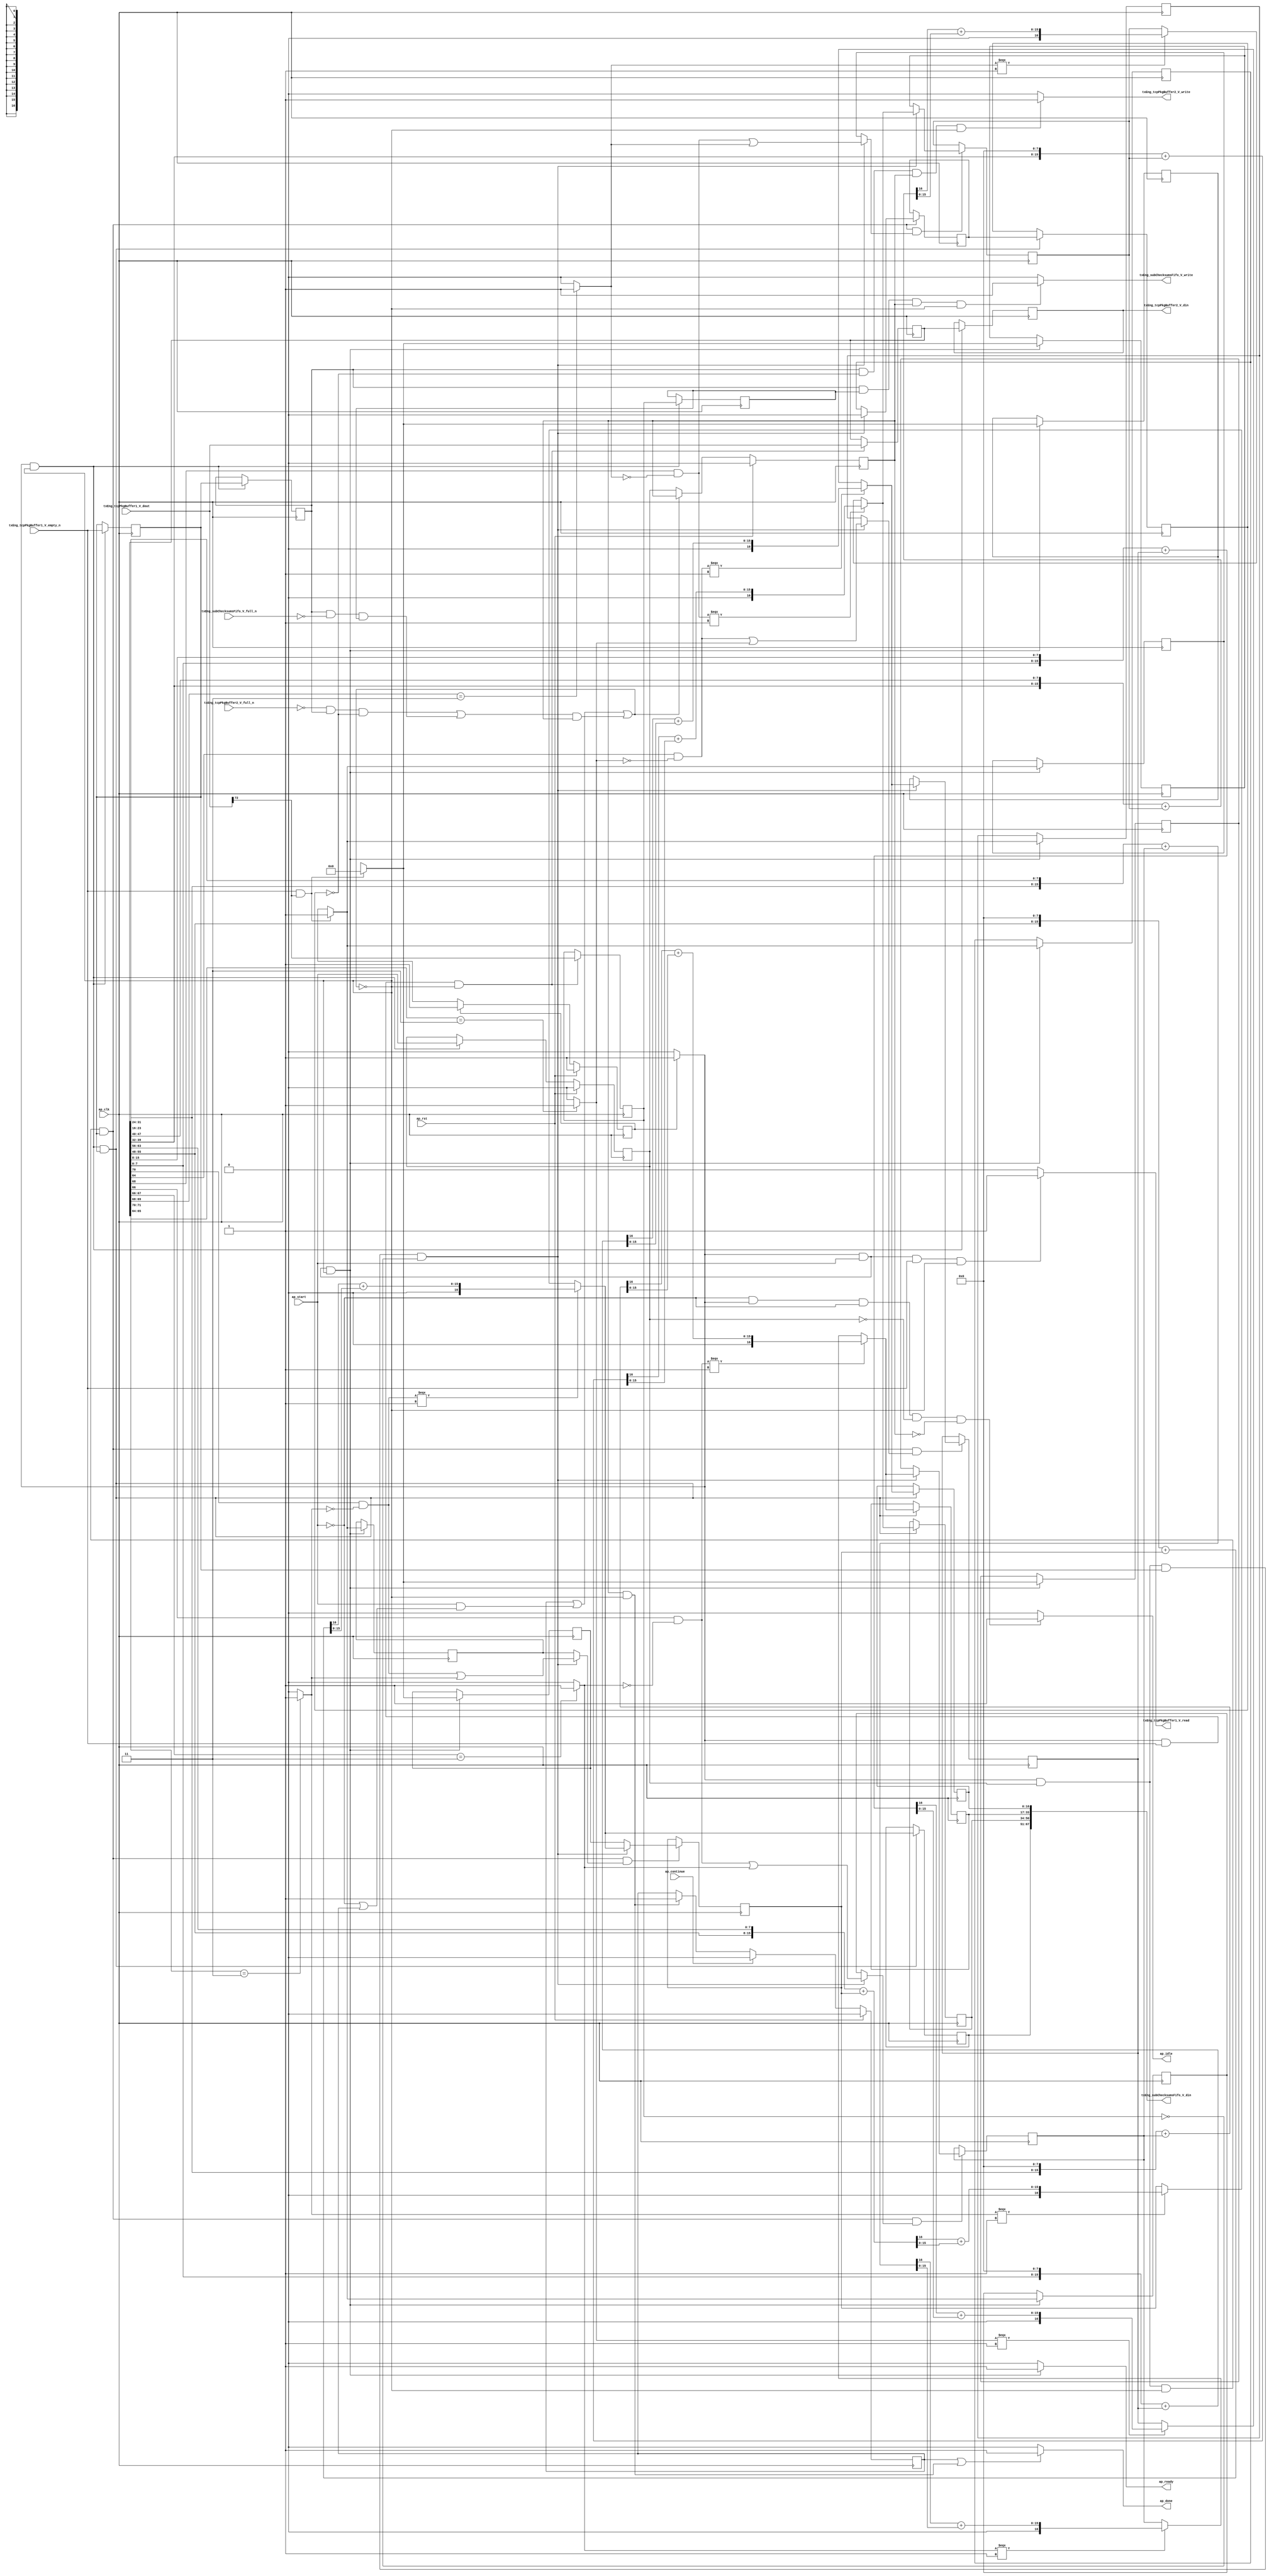
// ==============================================================
// RTL generated by Vivado(TM) HLS - High-Level Synthesis from C, C++ and SystemC
// Version: 2015.1
// Copyright (C) 2015 Xilinx Inc. All rights reserved.
// 
// ===========================================================

`timescale 1 ns / 1 ps 

module toe_tx_compute_tcp_subchecksums (
        ap_clk,
        ap_rst,
        ap_start,
        ap_done,
        ap_continue,
        ap_idle,
        ap_ready,
        txEng_tcpPkgBuffer1_V_dout,
        txEng_tcpPkgBuffer1_V_empty_n,
        txEng_tcpPkgBuffer1_V_read,
        txEng_tcpPkgBuffer2_V_din,
        txEng_tcpPkgBuffer2_V_full_n,
        txEng_tcpPkgBuffer2_V_write,
        txEng_subChecksumsFifo_V_din,
        txEng_subChecksumsFifo_V_full_n,
        txEng_subChecksumsFifo_V_write
);

parameter    ap_const_logic_1 = 1'b1;
parameter    ap_const_logic_0 = 1'b0;
parameter    ap_ST_pp0_stg0_fsm_0 = 1'b1;
parameter    ap_const_lv32_0 = 32'b00000000000000000000000000000000;
parameter    ap_const_lv1_1 = 1'b1;
parameter    ap_const_lv1_0 = 1'b0;
parameter    ap_const_lv17_0 = 17'b00000000000000000;
parameter    ap_const_lv32_48 = 32'b1001000;
parameter    ap_const_lv32_40 = 32'b1000000;
parameter    ap_const_lv32_41 = 32'b1000001;
parameter    ap_const_lv2_3 = 2'b11;
parameter    ap_const_lv32_8 = 32'b1000;
parameter    ap_const_lv32_F = 32'b1111;
parameter    ap_const_lv32_10 = 32'b10000;
parameter    ap_const_lv8_0 = 8'b00000000;
parameter    ap_const_lv32_42 = 32'b1000010;
parameter    ap_const_lv32_43 = 32'b1000011;
parameter    ap_const_lv32_18 = 32'b11000;
parameter    ap_const_lv32_1F = 32'b11111;
parameter    ap_const_lv32_17 = 32'b10111;
parameter    ap_const_lv32_44 = 32'b1000100;
parameter    ap_const_lv32_45 = 32'b1000101;
parameter    ap_const_lv32_28 = 32'b101000;
parameter    ap_const_lv32_2F = 32'b101111;
parameter    ap_const_lv32_20 = 32'b100000;
parameter    ap_const_lv32_27 = 32'b100111;
parameter    ap_const_lv32_46 = 32'b1000110;
parameter    ap_const_lv32_47 = 32'b1000111;
parameter    ap_const_lv32_38 = 32'b111000;
parameter    ap_const_lv32_3F = 32'b111111;
parameter    ap_const_lv32_30 = 32'b110000;
parameter    ap_const_lv32_37 = 32'b110111;
parameter    ap_true = 1'b1;

input   ap_clk;
input   ap_rst;
input   ap_start;
output   ap_done;
input   ap_continue;
output   ap_idle;
output   ap_ready;
input  [72:0] txEng_tcpPkgBuffer1_V_dout;
input   txEng_tcpPkgBuffer1_V_empty_n;
output   txEng_tcpPkgBuffer1_V_read;
output  [72:0] txEng_tcpPkgBuffer2_V_din;
input   txEng_tcpPkgBuffer2_V_full_n;
output   txEng_tcpPkgBuffer2_V_write;
output  [67:0] txEng_subChecksumsFifo_V_din;
input   txEng_subChecksumsFifo_V_full_n;
output   txEng_subChecksumsFifo_V_write;

reg ap_done;
reg ap_idle;
reg ap_ready;
reg txEng_tcpPkgBuffer1_V_read;
reg txEng_tcpPkgBuffer2_V_write;
reg txEng_subChecksumsFifo_V_write;
reg    ap_done_reg = 1'b0;
(* fsm_encoding = "none" *) reg   [0:0] ap_CS_fsm = 1'b1;
reg    ap_sig_cseq_ST_pp0_stg0_fsm_0;
reg    ap_sig_bdd_20;
wire    ap_reg_ppiten_pp0_it0;
reg    ap_reg_ppiten_pp0_it1 = 1'b0;
reg    ap_reg_ppiten_pp0_it2 = 1'b0;
wire   [0:0] tmp_nbreadreq_fu_142_p3;
reg    ap_sig_bdd_52;
reg   [0:0] tmp_reg_992;
reg   [0:0] ap_reg_ppstg_tmp_reg_992_pp0_it1;
reg   [0:0] tcts_firstWord_load_reg_1021;
reg   [0:0] currWord_last_V_reg_1017;
reg   [0:0] ap_reg_ppstg_currWord_last_V_reg_1017_pp0_it1;
reg    ap_sig_bdd_80;
reg   [0:0] tcts_firstWord = 1'b1;
reg   [16:0] tcts_tcp_sums_V_0 = 17'b00000000000000000;
reg   [16:0] tcts_tcp_sums_V_1 = 17'b00000000000000000;
reg   [16:0] tcts_tcp_sums_V_2 = 17'b00000000000000000;
reg   [16:0] tcts_tcp_sums_V_3 = 17'b00000000000000000;
reg   [72:0] tmp40_reg_996;
reg   [72:0] ap_reg_ppstg_tmp40_reg_996_pp0_it1;
wire   [0:0] currWord_last_V_fu_275_p3;
wire   [16:0] tmp_sum0_V_fu_440_p3;
reg   [16:0] tmp_sum0_V_reg_1025;
wire   [16:0] tmp_sum1_V_fu_608_p3;
reg   [16:0] tmp_sum1_V_reg_1030;
wire   [16:0] tmp_sum2_V_fu_776_p3;
reg   [16:0] tmp_sum2_V_reg_1035;
wire   [16:0] tmp_sum3_V_fu_944_p3;
reg   [16:0] tmp_sum3_V_reg_1040;
wire   [0:0] ap_reg_phiprechg_tcts_firstWord_new_reg_170pp0_it0;
reg   [0:0] ap_reg_phiprechg_tcts_firstWord_new_reg_170pp0_it1;
reg   [0:0] tcts_firstWord_new_phi_fu_174_p4;
wire   [0:0] ap_reg_phiprechg_tcts_tcp_sums_V_0_flag_1_reg_182pp0_it0;
reg   [0:0] ap_reg_phiprechg_tcts_tcp_sums_V_0_flag_1_reg_182pp0_it1;
reg   [0:0] tcts_tcp_sums_V_0_flag_1_phi_fu_186_p4;
wire   [0:0] tcts_tcp_sums_V_0_flag_fu_425_p2;
wire   [16:0] ap_reg_phiprechg_tcts_tcp_sums_V_0_new_1_reg_194pp0_it0;
reg   [16:0] ap_reg_phiprechg_tcts_tcp_sums_V_0_new_1_reg_194pp0_it1;
reg   [16:0] tcts_tcp_sums_V_0_new_1_phi_fu_198_p4;
wire   [0:0] ap_reg_phiprechg_tcts_tcp_sums_V_1_flag_1_reg_205pp0_it0;
reg   [0:0] ap_reg_phiprechg_tcts_tcp_sums_V_1_flag_1_reg_205pp0_it1;
reg   [0:0] tcts_tcp_sums_V_1_flag_1_phi_fu_209_p4;
wire   [0:0] tcts_tcp_sums_V_1_flag_fu_593_p2;
wire   [16:0] ap_reg_phiprechg_tcts_tcp_sums_V_1_new_1_reg_217pp0_it0;
reg   [16:0] ap_reg_phiprechg_tcts_tcp_sums_V_1_new_1_reg_217pp0_it1;
reg   [16:0] tcts_tcp_sums_V_1_new_1_phi_fu_221_p4;
wire   [0:0] ap_reg_phiprechg_tcts_tcp_sums_V_2_flag_1_reg_228pp0_it0;
reg   [0:0] ap_reg_phiprechg_tcts_tcp_sums_V_2_flag_1_reg_228pp0_it1;
reg   [0:0] tcts_tcp_sums_V_2_flag_1_phi_fu_232_p4;
wire   [0:0] tcts_tcp_sums_V_2_flag_fu_761_p2;
wire   [16:0] ap_reg_phiprechg_tcts_tcp_sums_V_2_new_1_reg_240pp0_it0;
reg   [16:0] ap_reg_phiprechg_tcts_tcp_sums_V_2_new_1_reg_240pp0_it1;
reg   [16:0] tcts_tcp_sums_V_2_new_1_phi_fu_244_p4;
wire   [0:0] ap_reg_phiprechg_tcts_tcp_sums_V_3_flag_1_reg_251pp0_it0;
reg   [0:0] ap_reg_phiprechg_tcts_tcp_sums_V_3_flag_1_reg_251pp0_it1;
reg   [0:0] tcts_tcp_sums_V_3_flag_1_phi_fu_255_p4;
wire   [0:0] tcts_tcp_sums_V_3_flag_fu_929_p2;
wire   [16:0] ap_reg_phiprechg_tcts_tcp_sums_V_3_new_1_reg_263pp0_it0;
reg   [16:0] ap_reg_phiprechg_tcts_tcp_sums_V_3_new_1_reg_263pp0_it1;
reg   [16:0] tcts_tcp_sums_V_3_new_1_phi_fu_267_p4;
wire   [1:0] p_Result_s_fu_287_p4;
wire   [7:0] tmp_263_fu_315_p1;
wire   [7:0] p_Result_2_fu_306_p4;
wire   [15:0] p_Result_3_fu_318_p3;
wire   [16:0] tmp_72_fu_326_p1;
wire   [16:0] tmp_73_fu_330_p2;
wire   [0:0] tmp_264_fu_336_p3;
wire   [15:0] tmp_266_fu_348_p1;
wire   [15:0] tmp_265_fu_344_p1;
wire   [15:0] tmp_267_fu_352_p2;
wire   [15:0] p_Result_4_fu_369_p3;
wire   [16:0] tmp_74_fu_377_p1;
wire   [16:0] tmp_75_fu_381_p2;
wire   [0:0] tmp_269_fu_387_p3;
wire   [15:0] tmp_271_fu_399_p1;
wire   [15:0] tmp_270_fu_395_p1;
wire   [15:0] tmp_272_fu_403_p2;
wire   [0:0] tmp_s_fu_296_p2;
wire   [0:0] tmp_268_fu_362_p3;
wire   [0:0] sel_tmp1_fu_413_p2;
wire   [0:0] sel_tmp2_fu_419_p2;
wire   [16:0] p_cast_fu_358_p1;
wire   [16:0] p_12_cast_fu_409_p1;
wire   [16:0] sel_tmp4_fu_432_p3;
wire   [1:0] p_Result_169_1_fu_449_p4;
wire   [7:0] p_Result_172_1_fu_477_p4;
wire   [7:0] p_Result_170_1_fu_468_p4;
wire   [15:0] p_Result_173_1_fu_486_p3;
wire   [16:0] tmp_185_1_fu_494_p1;
wire   [16:0] tmp_186_1_fu_498_p2;
wire   [0:0] tmp_273_fu_504_p3;
wire   [15:0] tmp_275_fu_516_p1;
wire   [15:0] tmp_274_fu_512_p1;
wire   [15:0] tmp_276_fu_520_p2;
wire   [15:0] p_Result_176_1_fu_537_p3;
wire   [16:0] tmp_191_1_fu_545_p1;
wire   [16:0] tmp_192_1_fu_549_p2;
wire   [0:0] tmp_278_fu_555_p3;
wire   [15:0] tmp_280_fu_567_p1;
wire   [15:0] tmp_279_fu_563_p1;
wire   [15:0] tmp_281_fu_571_p2;
wire   [0:0] tmp_1_fu_458_p2;
wire   [0:0] tmp_277_fu_530_p3;
wire   [0:0] sel_tmp9_fu_581_p2;
wire   [0:0] sel_tmp_fu_587_p2;
wire   [16:0] p_1_cast_fu_526_p1;
wire   [16:0] p_12_1_cast_fu_577_p1;
wire   [16:0] sel_tmp3_fu_600_p3;
wire   [1:0] p_Result_169_2_fu_617_p4;
wire   [7:0] p_Result_172_2_fu_645_p4;
wire   [7:0] p_Result_170_2_fu_636_p4;
wire   [15:0] p_Result_173_2_fu_654_p3;
wire   [16:0] tmp_185_2_fu_662_p1;
wire   [16:0] tmp_186_2_fu_666_p2;
wire   [0:0] tmp_282_fu_672_p3;
wire   [15:0] tmp_284_fu_684_p1;
wire   [15:0] tmp_283_fu_680_p1;
wire   [15:0] tmp_285_fu_688_p2;
wire   [15:0] p_Result_176_2_fu_705_p3;
wire   [16:0] tmp_191_2_fu_713_p1;
wire   [16:0] tmp_192_2_fu_717_p2;
wire   [0:0] tmp_287_fu_723_p3;
wire   [15:0] tmp_289_fu_735_p1;
wire   [15:0] tmp_288_fu_731_p1;
wire   [15:0] tmp_290_fu_739_p2;
wire   [0:0] tmp_2_fu_626_p2;
wire   [0:0] tmp_286_fu_698_p3;
wire   [0:0] sel_tmp5_fu_749_p2;
wire   [0:0] sel_tmp6_fu_755_p2;
wire   [16:0] p_2_cast_fu_694_p1;
wire   [16:0] p_12_2_cast_fu_745_p1;
wire   [16:0] sel_tmp7_fu_768_p3;
wire   [1:0] p_Result_169_3_fu_785_p4;
wire   [7:0] p_Result_172_3_fu_813_p4;
wire   [7:0] p_Result_170_3_fu_804_p4;
wire   [15:0] p_Result_173_3_fu_822_p3;
wire   [16:0] tmp_185_3_fu_830_p1;
wire   [16:0] tmp_186_3_fu_834_p2;
wire   [0:0] tmp_291_fu_840_p3;
wire   [15:0] tmp_293_fu_852_p1;
wire   [15:0] tmp_292_fu_848_p1;
wire   [15:0] tmp_294_fu_856_p2;
wire   [15:0] p_Result_176_3_fu_873_p3;
wire   [16:0] tmp_191_3_fu_881_p1;
wire   [16:0] tmp_192_3_fu_885_p2;
wire   [0:0] tmp_296_fu_891_p3;
wire   [15:0] tmp_298_fu_903_p1;
wire   [15:0] tmp_297_fu_899_p1;
wire   [15:0] tmp_299_fu_907_p2;
wire   [0:0] tmp_3_fu_794_p2;
wire   [0:0] tmp_295_fu_866_p3;
wire   [0:0] sel_tmp8_fu_917_p2;
wire   [0:0] sel_tmp10_fu_923_p2;
wire   [16:0] p_3_cast_fu_862_p1;
wire   [16:0] p_12_3_cast_fu_913_p1;
wire   [16:0] sel_tmp11_fu_936_p3;
reg   [0:0] ap_NS_fsm;
reg    ap_sig_pprstidle_pp0;
reg    ap_sig_bdd_139;
reg    ap_sig_bdd_87;




/// the current state (ap_CS_fsm) of the state machine. ///
always @ (posedge ap_clk)
begin : ap_ret_ap_CS_fsm
    if (ap_rst == 1'b1) begin
        ap_CS_fsm <= ap_ST_pp0_stg0_fsm_0;
    end else begin
        ap_CS_fsm <= ap_NS_fsm;
    end
end

/// ap_done_reg assign process. ///
always @ (posedge ap_clk)
begin : ap_ret_ap_done_reg
    if (ap_rst == 1'b1) begin
        ap_done_reg <= ap_const_logic_0;
    end else begin
        if ((ap_const_logic_1 == ap_continue)) begin
            ap_done_reg <= ap_const_logic_0;
        end else if (((ap_const_logic_1 == ap_reg_ppiten_pp0_it2) & ~((ap_done_reg == ap_const_logic_1) | ((ap_const_logic_1 == ap_reg_ppiten_pp0_it0) & ap_sig_bdd_52) | (ap_sig_bdd_80 & (ap_const_logic_1 == ap_reg_ppiten_pp0_it2))))) begin
            ap_done_reg <= ap_const_logic_1;
        end
    end
end

/// ap_reg_ppiten_pp0_it1 assign process. ///
always @ (posedge ap_clk)
begin : ap_ret_ap_reg_ppiten_pp0_it1
    if (ap_rst == 1'b1) begin
        ap_reg_ppiten_pp0_it1 <= ap_const_logic_0;
    end else begin
        if (((ap_const_logic_1 == ap_sig_cseq_ST_pp0_stg0_fsm_0) & ~((ap_done_reg == ap_const_logic_1) | ((ap_const_logic_1 == ap_reg_ppiten_pp0_it0) & ap_sig_bdd_52) | (ap_sig_bdd_80 & (ap_const_logic_1 == ap_reg_ppiten_pp0_it2))))) begin
            ap_reg_ppiten_pp0_it1 <= ap_reg_ppiten_pp0_it0;
        end
    end
end

/// ap_reg_ppiten_pp0_it2 assign process. ///
always @ (posedge ap_clk)
begin : ap_ret_ap_reg_ppiten_pp0_it2
    if (ap_rst == 1'b1) begin
        ap_reg_ppiten_pp0_it2 <= ap_const_logic_0;
    end else begin
        if (~((ap_done_reg == ap_const_logic_1) | ((ap_const_logic_1 == ap_reg_ppiten_pp0_it0) & ap_sig_bdd_52) | (ap_sig_bdd_80 & (ap_const_logic_1 == ap_reg_ppiten_pp0_it2)))) begin
            ap_reg_ppiten_pp0_it2 <= ap_reg_ppiten_pp0_it1;
        end
    end
end

/// assign process. ///
always @(posedge ap_clk)
begin
    if (ap_sig_bdd_87) begin
        if (ap_sig_bdd_139) begin
            ap_reg_phiprechg_tcts_firstWord_new_reg_170pp0_it1 <= ap_const_lv1_1;
        end else if ((ap_true == ap_true)) begin
            ap_reg_phiprechg_tcts_firstWord_new_reg_170pp0_it1 <= ap_reg_phiprechg_tcts_firstWord_new_reg_170pp0_it0;
        end
    end
end

/// assign process. ///
always @(posedge ap_clk)
begin
    if (ap_sig_bdd_87) begin
        if (ap_sig_bdd_139) begin
            ap_reg_phiprechg_tcts_tcp_sums_V_0_flag_1_reg_182pp0_it1 <= ap_const_lv1_1;
        end else if ((ap_true == ap_true)) begin
            ap_reg_phiprechg_tcts_tcp_sums_V_0_flag_1_reg_182pp0_it1 <= ap_reg_phiprechg_tcts_tcp_sums_V_0_flag_1_reg_182pp0_it0;
        end
    end
end

/// assign process. ///
always @(posedge ap_clk)
begin
    if (ap_sig_bdd_87) begin
        if (ap_sig_bdd_139) begin
            ap_reg_phiprechg_tcts_tcp_sums_V_0_new_1_reg_194pp0_it1 <= ap_const_lv17_0;
        end else if ((ap_true == ap_true)) begin
            ap_reg_phiprechg_tcts_tcp_sums_V_0_new_1_reg_194pp0_it1 <= ap_reg_phiprechg_tcts_tcp_sums_V_0_new_1_reg_194pp0_it0;
        end
    end
end

/// assign process. ///
always @(posedge ap_clk)
begin
    if (ap_sig_bdd_87) begin
        if (ap_sig_bdd_139) begin
            ap_reg_phiprechg_tcts_tcp_sums_V_1_flag_1_reg_205pp0_it1 <= ap_const_lv1_1;
        end else if ((ap_true == ap_true)) begin
            ap_reg_phiprechg_tcts_tcp_sums_V_1_flag_1_reg_205pp0_it1 <= ap_reg_phiprechg_tcts_tcp_sums_V_1_flag_1_reg_205pp0_it0;
        end
    end
end

/// assign process. ///
always @(posedge ap_clk)
begin
    if (ap_sig_bdd_87) begin
        if (ap_sig_bdd_139) begin
            ap_reg_phiprechg_tcts_tcp_sums_V_1_new_1_reg_217pp0_it1 <= ap_const_lv17_0;
        end else if ((ap_true == ap_true)) begin
            ap_reg_phiprechg_tcts_tcp_sums_V_1_new_1_reg_217pp0_it1 <= ap_reg_phiprechg_tcts_tcp_sums_V_1_new_1_reg_217pp0_it0;
        end
    end
end

/// assign process. ///
always @(posedge ap_clk)
begin
    if (ap_sig_bdd_87) begin
        if (ap_sig_bdd_139) begin
            ap_reg_phiprechg_tcts_tcp_sums_V_2_flag_1_reg_228pp0_it1 <= ap_const_lv1_1;
        end else if ((ap_true == ap_true)) begin
            ap_reg_phiprechg_tcts_tcp_sums_V_2_flag_1_reg_228pp0_it1 <= ap_reg_phiprechg_tcts_tcp_sums_V_2_flag_1_reg_228pp0_it0;
        end
    end
end

/// assign process. ///
always @(posedge ap_clk)
begin
    if (ap_sig_bdd_87) begin
        if (ap_sig_bdd_139) begin
            ap_reg_phiprechg_tcts_tcp_sums_V_2_new_1_reg_240pp0_it1 <= ap_const_lv17_0;
        end else if ((ap_true == ap_true)) begin
            ap_reg_phiprechg_tcts_tcp_sums_V_2_new_1_reg_240pp0_it1 <= ap_reg_phiprechg_tcts_tcp_sums_V_2_new_1_reg_240pp0_it0;
        end
    end
end

/// assign process. ///
always @(posedge ap_clk)
begin
    if (ap_sig_bdd_87) begin
        if (ap_sig_bdd_139) begin
            ap_reg_phiprechg_tcts_tcp_sums_V_3_flag_1_reg_251pp0_it1 <= ap_const_lv1_1;
        end else if ((ap_true == ap_true)) begin
            ap_reg_phiprechg_tcts_tcp_sums_V_3_flag_1_reg_251pp0_it1 <= ap_reg_phiprechg_tcts_tcp_sums_V_3_flag_1_reg_251pp0_it0;
        end
    end
end

/// assign process. ///
always @(posedge ap_clk)
begin
    if (ap_sig_bdd_87) begin
        if (ap_sig_bdd_139) begin
            ap_reg_phiprechg_tcts_tcp_sums_V_3_new_1_reg_263pp0_it1 <= ap_const_lv17_0;
        end else if ((ap_true == ap_true)) begin
            ap_reg_phiprechg_tcts_tcp_sums_V_3_new_1_reg_263pp0_it1 <= ap_reg_phiprechg_tcts_tcp_sums_V_3_new_1_reg_263pp0_it0;
        end
    end
end

/// assign process. ///
always @(posedge ap_clk)
begin
    if (((ap_const_logic_1 == ap_sig_cseq_ST_pp0_stg0_fsm_0) & ~((ap_done_reg == ap_const_logic_1) | ((ap_const_logic_1 == ap_reg_ppiten_pp0_it0) & ap_sig_bdd_52) | (ap_sig_bdd_80 & (ap_const_logic_1 == ap_reg_ppiten_pp0_it2))))) begin
        ap_reg_ppstg_currWord_last_V_reg_1017_pp0_it1 <= currWord_last_V_reg_1017;
        ap_reg_ppstg_tmp40_reg_996_pp0_it1 <= tmp40_reg_996;
        ap_reg_ppstg_tmp_reg_992_pp0_it1 <= tmp_reg_992;
        tmp_reg_992 <= tmp_nbreadreq_fu_142_p3;
    end
end

/// assign process. ///
always @(posedge ap_clk)
begin
    if (((ap_const_logic_1 == ap_sig_cseq_ST_pp0_stg0_fsm_0) & ~(tmp_nbreadreq_fu_142_p3 == ap_const_lv1_0) & ~((ap_done_reg == ap_const_logic_1) | ((ap_const_logic_1 == ap_reg_ppiten_pp0_it0) & ap_sig_bdd_52) | (ap_sig_bdd_80 & (ap_const_logic_1 == ap_reg_ppiten_pp0_it2))))) begin
        currWord_last_V_reg_1017 <= txEng_tcpPkgBuffer1_V_dout[ap_const_lv32_48];
        tmp40_reg_996 <= txEng_tcpPkgBuffer1_V_dout;
    end
end

/// assign process. ///
always @(posedge ap_clk)
begin
    if (((ap_const_logic_1 == ap_sig_cseq_ST_pp0_stg0_fsm_0) & (ap_const_logic_1 == ap_reg_ppiten_pp0_it1) & ~((ap_done_reg == ap_const_logic_1) | ((ap_const_logic_1 == ap_reg_ppiten_pp0_it0) & ap_sig_bdd_52) | (ap_sig_bdd_80 & (ap_const_logic_1 == ap_reg_ppiten_pp0_it2))) & ~(ap_const_lv1_0 == tmp_reg_992))) begin
        tcts_firstWord <= tcts_firstWord_new_phi_fu_174_p4;
    end
end

/// assign process. ///
always @(posedge ap_clk)
begin
    if (((ap_const_logic_1 == ap_sig_cseq_ST_pp0_stg0_fsm_0) & ~((ap_done_reg == ap_const_logic_1) | ((ap_const_logic_1 == ap_reg_ppiten_pp0_it0) & ap_sig_bdd_52) | (ap_sig_bdd_80 & (ap_const_logic_1 == ap_reg_ppiten_pp0_it2))) & ~(ap_const_lv1_0 == tmp_reg_992))) begin
        tcts_firstWord_load_reg_1021 <= tcts_firstWord;
        tmp_sum0_V_reg_1025 <= tmp_sum0_V_fu_440_p3;
        tmp_sum1_V_reg_1030 <= tmp_sum1_V_fu_608_p3;
        tmp_sum2_V_reg_1035 <= tmp_sum2_V_fu_776_p3;
        tmp_sum3_V_reg_1040 <= tmp_sum3_V_fu_944_p3;
    end
end

/// assign process. ///
always @(posedge ap_clk)
begin
    if (((ap_const_logic_1 == ap_sig_cseq_ST_pp0_stg0_fsm_0) & (ap_const_logic_1 == ap_reg_ppiten_pp0_it1) & ~((ap_done_reg == ap_const_logic_1) | ((ap_const_logic_1 == ap_reg_ppiten_pp0_it0) & ap_sig_bdd_52) | (ap_sig_bdd_80 & (ap_const_logic_1 == ap_reg_ppiten_pp0_it2))) & ~(ap_const_lv1_0 == tmp_reg_992) & ~(ap_const_lv1_0 == tcts_tcp_sums_V_0_flag_1_phi_fu_186_p4))) begin
        tcts_tcp_sums_V_0 <= tcts_tcp_sums_V_0_new_1_phi_fu_198_p4;
    end
end

/// assign process. ///
always @(posedge ap_clk)
begin
    if (((ap_const_logic_1 == ap_sig_cseq_ST_pp0_stg0_fsm_0) & (ap_const_logic_1 == ap_reg_ppiten_pp0_it1) & ~((ap_done_reg == ap_const_logic_1) | ((ap_const_logic_1 == ap_reg_ppiten_pp0_it0) & ap_sig_bdd_52) | (ap_sig_bdd_80 & (ap_const_logic_1 == ap_reg_ppiten_pp0_it2))) & ~(ap_const_lv1_0 == tmp_reg_992) & ~(ap_const_lv1_0 == tcts_tcp_sums_V_1_flag_1_phi_fu_209_p4))) begin
        tcts_tcp_sums_V_1 <= tcts_tcp_sums_V_1_new_1_phi_fu_221_p4;
    end
end

/// assign process. ///
always @(posedge ap_clk)
begin
    if (((ap_const_logic_1 == ap_sig_cseq_ST_pp0_stg0_fsm_0) & (ap_const_logic_1 == ap_reg_ppiten_pp0_it1) & ~((ap_done_reg == ap_const_logic_1) | ((ap_const_logic_1 == ap_reg_ppiten_pp0_it0) & ap_sig_bdd_52) | (ap_sig_bdd_80 & (ap_const_logic_1 == ap_reg_ppiten_pp0_it2))) & ~(ap_const_lv1_0 == tmp_reg_992) & ~(ap_const_lv1_0 == tcts_tcp_sums_V_2_flag_1_phi_fu_232_p4))) begin
        tcts_tcp_sums_V_2 <= tcts_tcp_sums_V_2_new_1_phi_fu_244_p4;
    end
end

/// assign process. ///
always @(posedge ap_clk)
begin
    if (((ap_const_logic_1 == ap_sig_cseq_ST_pp0_stg0_fsm_0) & (ap_const_logic_1 == ap_reg_ppiten_pp0_it1) & ~((ap_done_reg == ap_const_logic_1) | ((ap_const_logic_1 == ap_reg_ppiten_pp0_it0) & ap_sig_bdd_52) | (ap_sig_bdd_80 & (ap_const_logic_1 == ap_reg_ppiten_pp0_it2))) & ~(ap_const_lv1_0 == tmp_reg_992) & ~(ap_const_lv1_0 == tcts_tcp_sums_V_3_flag_1_phi_fu_255_p4))) begin
        tcts_tcp_sums_V_3 <= tcts_tcp_sums_V_3_new_1_phi_fu_267_p4;
    end
end

/// ap_done assign process. ///
always @ (ap_done_reg or ap_reg_ppiten_pp0_it0 or ap_reg_ppiten_pp0_it2 or ap_sig_bdd_52 or ap_sig_bdd_80)
begin
    if (((ap_const_logic_1 == ap_done_reg) | ((ap_const_logic_1 == ap_reg_ppiten_pp0_it2) & ~((ap_done_reg == ap_const_logic_1) | ((ap_const_logic_1 == ap_reg_ppiten_pp0_it0) & ap_sig_bdd_52) | (ap_sig_bdd_80 & (ap_const_logic_1 == ap_reg_ppiten_pp0_it2)))))) begin
        ap_done = ap_const_logic_1;
    end else begin
        ap_done = ap_const_logic_0;
    end
end

/// ap_idle assign process. ///
always @ (ap_start or ap_sig_cseq_ST_pp0_stg0_fsm_0 or ap_reg_ppiten_pp0_it0 or ap_reg_ppiten_pp0_it1 or ap_reg_ppiten_pp0_it2)
begin
    if ((~(ap_const_logic_1 == ap_start) & (ap_const_logic_1 == ap_sig_cseq_ST_pp0_stg0_fsm_0) & (ap_const_logic_0 == ap_reg_ppiten_pp0_it0) & (ap_const_logic_0 == ap_reg_ppiten_pp0_it1) & (ap_const_logic_0 == ap_reg_ppiten_pp0_it2))) begin
        ap_idle = ap_const_logic_1;
    end else begin
        ap_idle = ap_const_logic_0;
    end
end

/// ap_ready assign process. ///
always @ (ap_done_reg or ap_sig_cseq_ST_pp0_stg0_fsm_0 or ap_reg_ppiten_pp0_it0 or ap_reg_ppiten_pp0_it2 or ap_sig_bdd_52 or ap_sig_bdd_80)
begin
    if (((ap_const_logic_1 == ap_sig_cseq_ST_pp0_stg0_fsm_0) & (ap_const_logic_1 == ap_reg_ppiten_pp0_it0) & ~((ap_done_reg == ap_const_logic_1) | ((ap_const_logic_1 == ap_reg_ppiten_pp0_it0) & ap_sig_bdd_52) | (ap_sig_bdd_80 & (ap_const_logic_1 == ap_reg_ppiten_pp0_it2))))) begin
        ap_ready = ap_const_logic_1;
    end else begin
        ap_ready = ap_const_logic_0;
    end
end

/// ap_sig_cseq_ST_pp0_stg0_fsm_0 assign process. ///
always @ (ap_sig_bdd_20)
begin
    if (ap_sig_bdd_20) begin
        ap_sig_cseq_ST_pp0_stg0_fsm_0 = ap_const_logic_1;
    end else begin
        ap_sig_cseq_ST_pp0_stg0_fsm_0 = ap_const_logic_0;
    end
end

/// ap_sig_pprstidle_pp0 assign process. ///
always @ (ap_start or ap_reg_ppiten_pp0_it0 or ap_reg_ppiten_pp0_it1)
begin
    if (((ap_const_logic_0 == ap_reg_ppiten_pp0_it0) & (ap_const_logic_0 == ap_reg_ppiten_pp0_it1) & (ap_const_logic_0 == ap_start))) begin
        ap_sig_pprstidle_pp0 = ap_const_logic_1;
    end else begin
        ap_sig_pprstidle_pp0 = ap_const_logic_0;
    end
end

/// tcts_firstWord_new_phi_fu_174_p4 assign process. ///
always @ (ap_sig_cseq_ST_pp0_stg0_fsm_0 or ap_reg_ppiten_pp0_it1 or tmp_reg_992 or currWord_last_V_reg_1017 or ap_reg_phiprechg_tcts_firstWord_new_reg_170pp0_it1)
begin
    if (((ap_const_logic_1 == ap_sig_cseq_ST_pp0_stg0_fsm_0) & (ap_const_logic_1 == ap_reg_ppiten_pp0_it1) & ~(ap_const_lv1_0 == tmp_reg_992) & (ap_const_lv1_0 == currWord_last_V_reg_1017))) begin
        tcts_firstWord_new_phi_fu_174_p4 = ap_const_lv1_0;
    end else begin
        tcts_firstWord_new_phi_fu_174_p4 = ap_reg_phiprechg_tcts_firstWord_new_reg_170pp0_it1;
    end
end

/// tcts_tcp_sums_V_0_flag_1_phi_fu_186_p4 assign process. ///
always @ (ap_sig_cseq_ST_pp0_stg0_fsm_0 or ap_reg_ppiten_pp0_it1 or tmp_reg_992 or currWord_last_V_reg_1017 or ap_reg_phiprechg_tcts_tcp_sums_V_0_flag_1_reg_182pp0_it1 or tcts_tcp_sums_V_0_flag_fu_425_p2)
begin
    if (((ap_const_logic_1 == ap_sig_cseq_ST_pp0_stg0_fsm_0) & (ap_const_logic_1 == ap_reg_ppiten_pp0_it1) & ~(ap_const_lv1_0 == tmp_reg_992) & (ap_const_lv1_0 == currWord_last_V_reg_1017))) begin
        tcts_tcp_sums_V_0_flag_1_phi_fu_186_p4 = tcts_tcp_sums_V_0_flag_fu_425_p2;
    end else begin
        tcts_tcp_sums_V_0_flag_1_phi_fu_186_p4 = ap_reg_phiprechg_tcts_tcp_sums_V_0_flag_1_reg_182pp0_it1;
    end
end

/// tcts_tcp_sums_V_0_new_1_phi_fu_198_p4 assign process. ///
always @ (ap_sig_cseq_ST_pp0_stg0_fsm_0 or ap_reg_ppiten_pp0_it1 or tmp_reg_992 or currWord_last_V_reg_1017 or tmp_sum0_V_fu_440_p3 or ap_reg_phiprechg_tcts_tcp_sums_V_0_new_1_reg_194pp0_it1)
begin
    if (((ap_const_logic_1 == ap_sig_cseq_ST_pp0_stg0_fsm_0) & (ap_const_logic_1 == ap_reg_ppiten_pp0_it1) & ~(ap_const_lv1_0 == tmp_reg_992) & (ap_const_lv1_0 == currWord_last_V_reg_1017))) begin
        tcts_tcp_sums_V_0_new_1_phi_fu_198_p4 = tmp_sum0_V_fu_440_p3;
    end else begin
        tcts_tcp_sums_V_0_new_1_phi_fu_198_p4 = ap_reg_phiprechg_tcts_tcp_sums_V_0_new_1_reg_194pp0_it1;
    end
end

/// tcts_tcp_sums_V_1_flag_1_phi_fu_209_p4 assign process. ///
always @ (ap_sig_cseq_ST_pp0_stg0_fsm_0 or ap_reg_ppiten_pp0_it1 or tmp_reg_992 or currWord_last_V_reg_1017 or ap_reg_phiprechg_tcts_tcp_sums_V_1_flag_1_reg_205pp0_it1 or tcts_tcp_sums_V_1_flag_fu_593_p2)
begin
    if (((ap_const_logic_1 == ap_sig_cseq_ST_pp0_stg0_fsm_0) & (ap_const_logic_1 == ap_reg_ppiten_pp0_it1) & ~(ap_const_lv1_0 == tmp_reg_992) & (ap_const_lv1_0 == currWord_last_V_reg_1017))) begin
        tcts_tcp_sums_V_1_flag_1_phi_fu_209_p4 = tcts_tcp_sums_V_1_flag_fu_593_p2;
    end else begin
        tcts_tcp_sums_V_1_flag_1_phi_fu_209_p4 = ap_reg_phiprechg_tcts_tcp_sums_V_1_flag_1_reg_205pp0_it1;
    end
end

/// tcts_tcp_sums_V_1_new_1_phi_fu_221_p4 assign process. ///
always @ (ap_sig_cseq_ST_pp0_stg0_fsm_0 or ap_reg_ppiten_pp0_it1 or tmp_reg_992 or currWord_last_V_reg_1017 or tmp_sum1_V_fu_608_p3 or ap_reg_phiprechg_tcts_tcp_sums_V_1_new_1_reg_217pp0_it1)
begin
    if (((ap_const_logic_1 == ap_sig_cseq_ST_pp0_stg0_fsm_0) & (ap_const_logic_1 == ap_reg_ppiten_pp0_it1) & ~(ap_const_lv1_0 == tmp_reg_992) & (ap_const_lv1_0 == currWord_last_V_reg_1017))) begin
        tcts_tcp_sums_V_1_new_1_phi_fu_221_p4 = tmp_sum1_V_fu_608_p3;
    end else begin
        tcts_tcp_sums_V_1_new_1_phi_fu_221_p4 = ap_reg_phiprechg_tcts_tcp_sums_V_1_new_1_reg_217pp0_it1;
    end
end

/// tcts_tcp_sums_V_2_flag_1_phi_fu_232_p4 assign process. ///
always @ (ap_sig_cseq_ST_pp0_stg0_fsm_0 or ap_reg_ppiten_pp0_it1 or tmp_reg_992 or currWord_last_V_reg_1017 or ap_reg_phiprechg_tcts_tcp_sums_V_2_flag_1_reg_228pp0_it1 or tcts_tcp_sums_V_2_flag_fu_761_p2)
begin
    if (((ap_const_logic_1 == ap_sig_cseq_ST_pp0_stg0_fsm_0) & (ap_const_logic_1 == ap_reg_ppiten_pp0_it1) & ~(ap_const_lv1_0 == tmp_reg_992) & (ap_const_lv1_0 == currWord_last_V_reg_1017))) begin
        tcts_tcp_sums_V_2_flag_1_phi_fu_232_p4 = tcts_tcp_sums_V_2_flag_fu_761_p2;
    end else begin
        tcts_tcp_sums_V_2_flag_1_phi_fu_232_p4 = ap_reg_phiprechg_tcts_tcp_sums_V_2_flag_1_reg_228pp0_it1;
    end
end

/// tcts_tcp_sums_V_2_new_1_phi_fu_244_p4 assign process. ///
always @ (ap_sig_cseq_ST_pp0_stg0_fsm_0 or ap_reg_ppiten_pp0_it1 or tmp_reg_992 or currWord_last_V_reg_1017 or tmp_sum2_V_fu_776_p3 or ap_reg_phiprechg_tcts_tcp_sums_V_2_new_1_reg_240pp0_it1)
begin
    if (((ap_const_logic_1 == ap_sig_cseq_ST_pp0_stg0_fsm_0) & (ap_const_logic_1 == ap_reg_ppiten_pp0_it1) & ~(ap_const_lv1_0 == tmp_reg_992) & (ap_const_lv1_0 == currWord_last_V_reg_1017))) begin
        tcts_tcp_sums_V_2_new_1_phi_fu_244_p4 = tmp_sum2_V_fu_776_p3;
    end else begin
        tcts_tcp_sums_V_2_new_1_phi_fu_244_p4 = ap_reg_phiprechg_tcts_tcp_sums_V_2_new_1_reg_240pp0_it1;
    end
end

/// tcts_tcp_sums_V_3_flag_1_phi_fu_255_p4 assign process. ///
always @ (ap_sig_cseq_ST_pp0_stg0_fsm_0 or ap_reg_ppiten_pp0_it1 or tmp_reg_992 or currWord_last_V_reg_1017 or ap_reg_phiprechg_tcts_tcp_sums_V_3_flag_1_reg_251pp0_it1 or tcts_tcp_sums_V_3_flag_fu_929_p2)
begin
    if (((ap_const_logic_1 == ap_sig_cseq_ST_pp0_stg0_fsm_0) & (ap_const_logic_1 == ap_reg_ppiten_pp0_it1) & ~(ap_const_lv1_0 == tmp_reg_992) & (ap_const_lv1_0 == currWord_last_V_reg_1017))) begin
        tcts_tcp_sums_V_3_flag_1_phi_fu_255_p4 = tcts_tcp_sums_V_3_flag_fu_929_p2;
    end else begin
        tcts_tcp_sums_V_3_flag_1_phi_fu_255_p4 = ap_reg_phiprechg_tcts_tcp_sums_V_3_flag_1_reg_251pp0_it1;
    end
end

/// tcts_tcp_sums_V_3_new_1_phi_fu_267_p4 assign process. ///
always @ (ap_sig_cseq_ST_pp0_stg0_fsm_0 or ap_reg_ppiten_pp0_it1 or tmp_reg_992 or currWord_last_V_reg_1017 or tmp_sum3_V_fu_944_p3 or ap_reg_phiprechg_tcts_tcp_sums_V_3_new_1_reg_263pp0_it1)
begin
    if (((ap_const_logic_1 == ap_sig_cseq_ST_pp0_stg0_fsm_0) & (ap_const_logic_1 == ap_reg_ppiten_pp0_it1) & ~(ap_const_lv1_0 == tmp_reg_992) & (ap_const_lv1_0 == currWord_last_V_reg_1017))) begin
        tcts_tcp_sums_V_3_new_1_phi_fu_267_p4 = tmp_sum3_V_fu_944_p3;
    end else begin
        tcts_tcp_sums_V_3_new_1_phi_fu_267_p4 = ap_reg_phiprechg_tcts_tcp_sums_V_3_new_1_reg_263pp0_it1;
    end
end

/// txEng_subChecksumsFifo_V_write assign process. ///
always @ (ap_done_reg or ap_reg_ppiten_pp0_it0 or ap_reg_ppiten_pp0_it2 or ap_sig_bdd_52 or ap_reg_ppstg_tmp_reg_992_pp0_it1 or ap_reg_ppstg_currWord_last_V_reg_1017_pp0_it1 or ap_sig_bdd_80)
begin
    if ((~(ap_const_lv1_0 == ap_reg_ppstg_tmp_reg_992_pp0_it1) & ~(ap_const_lv1_0 == ap_reg_ppstg_currWord_last_V_reg_1017_pp0_it1) & (ap_const_logic_1 == ap_reg_ppiten_pp0_it2) & ~((ap_done_reg == ap_const_logic_1) | ((ap_const_logic_1 == ap_reg_ppiten_pp0_it0) & ap_sig_bdd_52) | (ap_sig_bdd_80 & (ap_const_logic_1 == ap_reg_ppiten_pp0_it2))))) begin
        txEng_subChecksumsFifo_V_write = ap_const_logic_1;
    end else begin
        txEng_subChecksumsFifo_V_write = ap_const_logic_0;
    end
end

/// txEng_tcpPkgBuffer1_V_read assign process. ///
always @ (ap_done_reg or ap_sig_cseq_ST_pp0_stg0_fsm_0 or ap_reg_ppiten_pp0_it0 or ap_reg_ppiten_pp0_it2 or tmp_nbreadreq_fu_142_p3 or ap_sig_bdd_52 or ap_sig_bdd_80)
begin
    if (((ap_const_logic_1 == ap_sig_cseq_ST_pp0_stg0_fsm_0) & (ap_const_logic_1 == ap_reg_ppiten_pp0_it0) & ~(tmp_nbreadreq_fu_142_p3 == ap_const_lv1_0) & ~((ap_done_reg == ap_const_logic_1) | ((ap_const_logic_1 == ap_reg_ppiten_pp0_it0) & ap_sig_bdd_52) | (ap_sig_bdd_80 & (ap_const_logic_1 == ap_reg_ppiten_pp0_it2))))) begin
        txEng_tcpPkgBuffer1_V_read = ap_const_logic_1;
    end else begin
        txEng_tcpPkgBuffer1_V_read = ap_const_logic_0;
    end
end

/// txEng_tcpPkgBuffer2_V_write assign process. ///
always @ (ap_done_reg or ap_reg_ppiten_pp0_it0 or ap_reg_ppiten_pp0_it2 or ap_sig_bdd_52 or ap_reg_ppstg_tmp_reg_992_pp0_it1 or tcts_firstWord_load_reg_1021 or ap_sig_bdd_80)
begin
    if ((~(ap_const_lv1_0 == ap_reg_ppstg_tmp_reg_992_pp0_it1) & (ap_const_lv1_0 == tcts_firstWord_load_reg_1021) & (ap_const_logic_1 == ap_reg_ppiten_pp0_it2) & ~((ap_done_reg == ap_const_logic_1) | ((ap_const_logic_1 == ap_reg_ppiten_pp0_it0) & ap_sig_bdd_52) | (ap_sig_bdd_80 & (ap_const_logic_1 == ap_reg_ppiten_pp0_it2))))) begin
        txEng_tcpPkgBuffer2_V_write = ap_const_logic_1;
    end else begin
        txEng_tcpPkgBuffer2_V_write = ap_const_logic_0;
    end
end
/// the next state (ap_NS_fsm) of the state machine. ///
always @ (ap_done_reg or ap_CS_fsm or ap_reg_ppiten_pp0_it0 or ap_reg_ppiten_pp0_it2 or ap_sig_bdd_52 or ap_sig_bdd_80 or ap_sig_pprstidle_pp0)
begin
    case (ap_CS_fsm)
        ap_ST_pp0_stg0_fsm_0 : 
        begin
            ap_NS_fsm = ap_ST_pp0_stg0_fsm_0;
        end
        default : 
        begin
            ap_NS_fsm = 'bx;
        end
    endcase
end

assign ap_reg_phiprechg_tcts_firstWord_new_reg_170pp0_it0 = 'bx;
assign ap_reg_phiprechg_tcts_tcp_sums_V_0_flag_1_reg_182pp0_it0 = 'bx;
assign ap_reg_phiprechg_tcts_tcp_sums_V_0_new_1_reg_194pp0_it0 = 'bx;
assign ap_reg_phiprechg_tcts_tcp_sums_V_1_flag_1_reg_205pp0_it0 = 'bx;
assign ap_reg_phiprechg_tcts_tcp_sums_V_1_new_1_reg_217pp0_it0 = 'bx;
assign ap_reg_phiprechg_tcts_tcp_sums_V_2_flag_1_reg_228pp0_it0 = 'bx;
assign ap_reg_phiprechg_tcts_tcp_sums_V_2_new_1_reg_240pp0_it0 = 'bx;
assign ap_reg_phiprechg_tcts_tcp_sums_V_3_flag_1_reg_251pp0_it0 = 'bx;
assign ap_reg_phiprechg_tcts_tcp_sums_V_3_new_1_reg_263pp0_it0 = 'bx;
assign ap_reg_ppiten_pp0_it0 = ap_start;

/// ap_sig_bdd_139 assign process. ///
always @ (tmp_nbreadreq_fu_142_p3 or currWord_last_V_fu_275_p3)
begin
    ap_sig_bdd_139 = (~(tmp_nbreadreq_fu_142_p3 == ap_const_lv1_0) & ~(ap_const_lv1_0 == currWord_last_V_fu_275_p3));
end

/// ap_sig_bdd_20 assign process. ///
always @ (ap_CS_fsm)
begin
    ap_sig_bdd_20 = (ap_CS_fsm[ap_const_lv32_0] == ap_const_lv1_1);
end

/// ap_sig_bdd_52 assign process. ///
always @ (ap_start or ap_done_reg or txEng_tcpPkgBuffer1_V_empty_n or tmp_nbreadreq_fu_142_p3)
begin
    ap_sig_bdd_52 = (((txEng_tcpPkgBuffer1_V_empty_n == ap_const_logic_0) & ~(tmp_nbreadreq_fu_142_p3 == ap_const_lv1_0)) | (ap_start == ap_const_logic_0) | (ap_done_reg == ap_const_logic_1));
end

/// ap_sig_bdd_80 assign process. ///
always @ (txEng_tcpPkgBuffer2_V_full_n or ap_reg_ppstg_tmp_reg_992_pp0_it1 or tcts_firstWord_load_reg_1021 or txEng_subChecksumsFifo_V_full_n or ap_reg_ppstg_currWord_last_V_reg_1017_pp0_it1)
begin
    ap_sig_bdd_80 = (((txEng_tcpPkgBuffer2_V_full_n == ap_const_logic_0) & ~(ap_const_lv1_0 == ap_reg_ppstg_tmp_reg_992_pp0_it1) & (ap_const_lv1_0 == tcts_firstWord_load_reg_1021)) | (~(ap_const_lv1_0 == ap_reg_ppstg_tmp_reg_992_pp0_it1) & (txEng_subChecksumsFifo_V_full_n == ap_const_logic_0) & ~(ap_const_lv1_0 == ap_reg_ppstg_currWord_last_V_reg_1017_pp0_it1)));
end

/// ap_sig_bdd_87 assign process. ///
always @ (ap_done_reg or ap_sig_cseq_ST_pp0_stg0_fsm_0 or ap_reg_ppiten_pp0_it0 or ap_reg_ppiten_pp0_it2 or ap_sig_bdd_52 or ap_sig_bdd_80)
begin
    ap_sig_bdd_87 = ((ap_const_logic_1 == ap_sig_cseq_ST_pp0_stg0_fsm_0) & (ap_const_logic_1 == ap_reg_ppiten_pp0_it0) & ~((ap_done_reg == ap_const_logic_1) | ((ap_const_logic_1 == ap_reg_ppiten_pp0_it0) & ap_sig_bdd_52) | (ap_sig_bdd_80 & (ap_const_logic_1 == ap_reg_ppiten_pp0_it2))));
end
assign currWord_last_V_fu_275_p3 = txEng_tcpPkgBuffer1_V_dout[ap_const_lv32_48];
assign p_12_1_cast_fu_577_p1 = tmp_281_fu_571_p2;
assign p_12_2_cast_fu_745_p1 = tmp_290_fu_739_p2;
assign p_12_3_cast_fu_913_p1 = tmp_299_fu_907_p2;
assign p_12_cast_fu_409_p1 = tmp_272_fu_403_p2;
assign p_1_cast_fu_526_p1 = tmp_276_fu_520_p2;
assign p_2_cast_fu_694_p1 = tmp_285_fu_688_p2;
assign p_3_cast_fu_862_p1 = tmp_294_fu_856_p2;
assign p_Result_169_1_fu_449_p4 = {{tmp40_reg_996[ap_const_lv32_43 : ap_const_lv32_42]}};
assign p_Result_169_2_fu_617_p4 = {{tmp40_reg_996[ap_const_lv32_45 : ap_const_lv32_44]}};
assign p_Result_169_3_fu_785_p4 = {{tmp40_reg_996[ap_const_lv32_47 : ap_const_lv32_46]}};
assign p_Result_170_1_fu_468_p4 = {{tmp40_reg_996[ap_const_lv32_1F : ap_const_lv32_18]}};
assign p_Result_170_2_fu_636_p4 = {{tmp40_reg_996[ap_const_lv32_2F : ap_const_lv32_28]}};
assign p_Result_170_3_fu_804_p4 = {{tmp40_reg_996[ap_const_lv32_3F : ap_const_lv32_38]}};
assign p_Result_172_1_fu_477_p4 = {{tmp40_reg_996[ap_const_lv32_17 : ap_const_lv32_10]}};
assign p_Result_172_2_fu_645_p4 = {{tmp40_reg_996[ap_const_lv32_27 : ap_const_lv32_20]}};
assign p_Result_172_3_fu_813_p4 = {{tmp40_reg_996[ap_const_lv32_37 : ap_const_lv32_30]}};
assign p_Result_173_1_fu_486_p3 = {{p_Result_172_1_fu_477_p4}, {p_Result_170_1_fu_468_p4}};
assign p_Result_173_2_fu_654_p3 = {{p_Result_172_2_fu_645_p4}, {p_Result_170_2_fu_636_p4}};
assign p_Result_173_3_fu_822_p3 = {{p_Result_172_3_fu_813_p4}, {p_Result_170_3_fu_804_p4}};
assign p_Result_176_1_fu_537_p3 = {{p_Result_172_1_fu_477_p4}, {ap_const_lv8_0}};
assign p_Result_176_2_fu_705_p3 = {{p_Result_172_2_fu_645_p4}, {ap_const_lv8_0}};
assign p_Result_176_3_fu_873_p3 = {{p_Result_172_3_fu_813_p4}, {ap_const_lv8_0}};
assign p_Result_2_fu_306_p4 = {{tmp40_reg_996[ap_const_lv32_F : ap_const_lv32_8]}};
assign p_Result_3_fu_318_p3 = {{tmp_263_fu_315_p1}, {p_Result_2_fu_306_p4}};
assign p_Result_4_fu_369_p3 = {{tmp_263_fu_315_p1}, {ap_const_lv8_0}};
assign p_Result_s_fu_287_p4 = {{tmp40_reg_996[ap_const_lv32_41 : ap_const_lv32_40]}};
assign p_cast_fu_358_p1 = tmp_267_fu_352_p2;
assign sel_tmp10_fu_923_p2 = (tmp_295_fu_866_p3 & sel_tmp8_fu_917_p2);
assign sel_tmp11_fu_936_p3 = ((tmp_3_fu_794_p2[0:0]===1'b1)? p_3_cast_fu_862_p1: tcts_tcp_sums_V_3);
assign sel_tmp1_fu_413_p2 = (tmp_s_fu_296_p2 ^ ap_const_lv1_1);
assign sel_tmp2_fu_419_p2 = (tmp_268_fu_362_p3 & sel_tmp1_fu_413_p2);
assign sel_tmp3_fu_600_p3 = ((tmp_1_fu_458_p2[0:0]===1'b1)? p_1_cast_fu_526_p1: tcts_tcp_sums_V_1);
assign sel_tmp4_fu_432_p3 = ((tmp_s_fu_296_p2[0:0]===1'b1)? p_cast_fu_358_p1: tcts_tcp_sums_V_0);
assign sel_tmp5_fu_749_p2 = (tmp_2_fu_626_p2 ^ ap_const_lv1_1);
assign sel_tmp6_fu_755_p2 = (tmp_286_fu_698_p3 & sel_tmp5_fu_749_p2);
assign sel_tmp7_fu_768_p3 = ((tmp_2_fu_626_p2[0:0]===1'b1)? p_2_cast_fu_694_p1: tcts_tcp_sums_V_2);
assign sel_tmp8_fu_917_p2 = (tmp_3_fu_794_p2 ^ ap_const_lv1_1);
assign sel_tmp9_fu_581_p2 = (tmp_1_fu_458_p2 ^ ap_const_lv1_1);
assign sel_tmp_fu_587_p2 = (tmp_277_fu_530_p3 & sel_tmp9_fu_581_p2);
assign tcts_tcp_sums_V_0_flag_fu_425_p2 = (sel_tmp2_fu_419_p2 | tmp_s_fu_296_p2);
assign tcts_tcp_sums_V_1_flag_fu_593_p2 = (sel_tmp_fu_587_p2 | tmp_1_fu_458_p2);
assign tcts_tcp_sums_V_2_flag_fu_761_p2 = (sel_tmp6_fu_755_p2 | tmp_2_fu_626_p2);
assign tcts_tcp_sums_V_3_flag_fu_929_p2 = (sel_tmp10_fu_923_p2 | tmp_3_fu_794_p2);
assign tmp_185_1_fu_494_p1 = p_Result_173_1_fu_486_p3;
assign tmp_185_2_fu_662_p1 = p_Result_173_2_fu_654_p3;
assign tmp_185_3_fu_830_p1 = p_Result_173_3_fu_822_p3;
assign tmp_186_1_fu_498_p2 = (tmp_185_1_fu_494_p1 + tcts_tcp_sums_V_1);
assign tmp_186_2_fu_666_p2 = (tmp_185_2_fu_662_p1 + tcts_tcp_sums_V_2);
assign tmp_186_3_fu_834_p2 = (tmp_185_3_fu_830_p1 + tcts_tcp_sums_V_3);
assign tmp_191_1_fu_545_p1 = p_Result_176_1_fu_537_p3;
assign tmp_191_2_fu_713_p1 = p_Result_176_2_fu_705_p3;
assign tmp_191_3_fu_881_p1 = p_Result_176_3_fu_873_p3;
assign tmp_192_1_fu_549_p2 = (tmp_191_1_fu_545_p1 + tcts_tcp_sums_V_1);
assign tmp_192_2_fu_717_p2 = (tmp_191_2_fu_713_p1 + tcts_tcp_sums_V_2);
assign tmp_192_3_fu_885_p2 = (tmp_191_3_fu_881_p1 + tcts_tcp_sums_V_3);
assign tmp_1_fu_458_p2 = (p_Result_169_1_fu_449_p4 == ap_const_lv2_3? 1'b1: 1'b0);
assign tmp_263_fu_315_p1 = tmp40_reg_996[7:0];
assign tmp_264_fu_336_p3 = tmp_73_fu_330_p2[ap_const_lv32_10];
assign tmp_265_fu_344_p1 = tmp_73_fu_330_p2[15:0];
assign tmp_266_fu_348_p1 = tmp_264_fu_336_p3;
assign tmp_267_fu_352_p2 = (tmp_266_fu_348_p1 + tmp_265_fu_344_p1);
assign tmp_268_fu_362_p3 = tmp40_reg_996[ap_const_lv32_40];
assign tmp_269_fu_387_p3 = tmp_75_fu_381_p2[ap_const_lv32_10];
assign tmp_270_fu_395_p1 = tmp_75_fu_381_p2[15:0];
assign tmp_271_fu_399_p1 = tmp_269_fu_387_p3;
assign tmp_272_fu_403_p2 = (tmp_271_fu_399_p1 + tmp_270_fu_395_p1);
assign tmp_273_fu_504_p3 = tmp_186_1_fu_498_p2[ap_const_lv32_10];
assign tmp_274_fu_512_p1 = tmp_186_1_fu_498_p2[15:0];
assign tmp_275_fu_516_p1 = tmp_273_fu_504_p3;
assign tmp_276_fu_520_p2 = (tmp_275_fu_516_p1 + tmp_274_fu_512_p1);
assign tmp_277_fu_530_p3 = tmp40_reg_996[ap_const_lv32_42];
assign tmp_278_fu_555_p3 = tmp_192_1_fu_549_p2[ap_const_lv32_10];
assign tmp_279_fu_563_p1 = tmp_192_1_fu_549_p2[15:0];
assign tmp_280_fu_567_p1 = tmp_278_fu_555_p3;
assign tmp_281_fu_571_p2 = (tmp_280_fu_567_p1 + tmp_279_fu_563_p1);
assign tmp_282_fu_672_p3 = tmp_186_2_fu_666_p2[ap_const_lv32_10];
assign tmp_283_fu_680_p1 = tmp_186_2_fu_666_p2[15:0];
assign tmp_284_fu_684_p1 = tmp_282_fu_672_p3;
assign tmp_285_fu_688_p2 = (tmp_284_fu_684_p1 + tmp_283_fu_680_p1);
assign tmp_286_fu_698_p3 = tmp40_reg_996[ap_const_lv32_44];
assign tmp_287_fu_723_p3 = tmp_192_2_fu_717_p2[ap_const_lv32_10];
assign tmp_288_fu_731_p1 = tmp_192_2_fu_717_p2[15:0];
assign tmp_289_fu_735_p1 = tmp_287_fu_723_p3;
assign tmp_290_fu_739_p2 = (tmp_289_fu_735_p1 + tmp_288_fu_731_p1);
assign tmp_291_fu_840_p3 = tmp_186_3_fu_834_p2[ap_const_lv32_10];
assign tmp_292_fu_848_p1 = tmp_186_3_fu_834_p2[15:0];
assign tmp_293_fu_852_p1 = tmp_291_fu_840_p3;
assign tmp_294_fu_856_p2 = (tmp_293_fu_852_p1 + tmp_292_fu_848_p1);
assign tmp_295_fu_866_p3 = tmp40_reg_996[ap_const_lv32_46];
assign tmp_296_fu_891_p3 = tmp_192_3_fu_885_p2[ap_const_lv32_10];
assign tmp_297_fu_899_p1 = tmp_192_3_fu_885_p2[15:0];
assign tmp_298_fu_903_p1 = tmp_296_fu_891_p3;
assign tmp_299_fu_907_p2 = (tmp_298_fu_903_p1 + tmp_297_fu_899_p1);
assign tmp_2_fu_626_p2 = (p_Result_169_2_fu_617_p4 == ap_const_lv2_3? 1'b1: 1'b0);
assign tmp_3_fu_794_p2 = (p_Result_169_3_fu_785_p4 == ap_const_lv2_3? 1'b1: 1'b0);
assign tmp_72_fu_326_p1 = p_Result_3_fu_318_p3;
assign tmp_73_fu_330_p2 = (tmp_72_fu_326_p1 + tcts_tcp_sums_V_0);
assign tmp_74_fu_377_p1 = p_Result_4_fu_369_p3;
assign tmp_75_fu_381_p2 = (tmp_74_fu_377_p1 + tcts_tcp_sums_V_0);
assign tmp_nbreadreq_fu_142_p3 = txEng_tcpPkgBuffer1_V_empty_n;
assign tmp_s_fu_296_p2 = (p_Result_s_fu_287_p4 == ap_const_lv2_3? 1'b1: 1'b0);
assign tmp_sum0_V_fu_440_p3 = ((sel_tmp2_fu_419_p2[0:0]===1'b1)? p_12_cast_fu_409_p1: sel_tmp4_fu_432_p3);
assign tmp_sum1_V_fu_608_p3 = ((sel_tmp_fu_587_p2[0:0]===1'b1)? p_12_1_cast_fu_577_p1: sel_tmp3_fu_600_p3);
assign tmp_sum2_V_fu_776_p3 = ((sel_tmp6_fu_755_p2[0:0]===1'b1)? p_12_2_cast_fu_745_p1: sel_tmp7_fu_768_p3);
assign tmp_sum3_V_fu_944_p3 = ((sel_tmp10_fu_923_p2[0:0]===1'b1)? p_12_3_cast_fu_913_p1: sel_tmp11_fu_936_p3);
assign txEng_subChecksumsFifo_V_din = {{{{tmp_sum3_V_reg_1040}, {tmp_sum2_V_reg_1035}}, {tmp_sum1_V_reg_1030}}, {tmp_sum0_V_reg_1025}};
assign txEng_tcpPkgBuffer2_V_din = ap_reg_ppstg_tmp40_reg_996_pp0_it1;


endmodule //toe_tx_compute_tcp_subchecksums